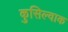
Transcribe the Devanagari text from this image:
कुसिल्वाक